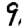
Digit: 9